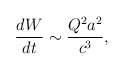
\begin{align*}\frac{dW}{dt}\sim \frac{Q^{2}a^{2}}{c^{3}},\end{align*}